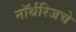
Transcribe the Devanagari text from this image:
नॉर्थरिजचे